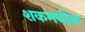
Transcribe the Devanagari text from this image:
शकमधील